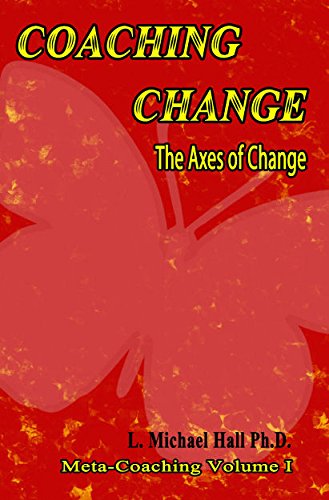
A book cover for Coaching Change: The Axes of change (Meta-Coaching); L. Michael Hall; Self-Help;